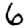
Digit: 6